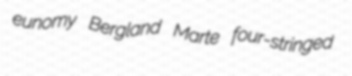
eunomy Bergland Marte four-stringed